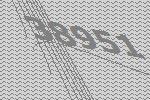
38951